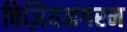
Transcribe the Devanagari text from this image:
विज़ियनगरम